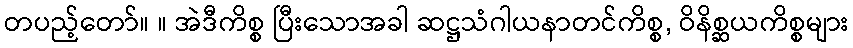
တပည့်တော်။ ။ အဲဒီကိစ္စ ပြီးသောအခါ ဆဋ္ဌသံဂါယနာတင်ကိစ္စ, ဝိနိစ္ဆယကိစ္စများ